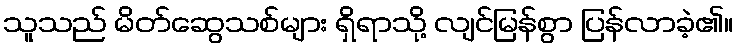
သူသည် မိတ်ဆွေသစ်များ ရှိရာသို့ လျင်မြန်စွာ ပြန်လာခဲ့၏။